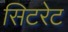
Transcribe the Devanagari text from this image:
सिटरेट